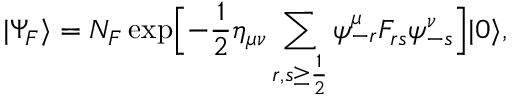
| \Psi _ { F } \rangle = { \cal N } _ { F } \exp \Bigl [ - { \frac { 1 } { 2 } } \eta _ { \mu \nu } \sum _ { r , s \ge { \frac { 1 } { 2 } } } \psi _ { - r } ^ { \mu } F _ { r s } \psi _ { - s } ^ { \nu } \Bigr ] | 0 \rangle ,